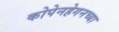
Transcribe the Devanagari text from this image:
कोपेनहेगनच्या